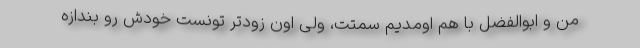
من و ابوالفضل با هم اومدیم سمتت، ولی اون زودتر تونست خودش رو بندازه